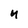
Character: U